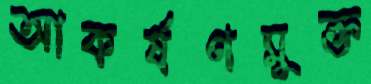
আকর্ষণমুক্ত